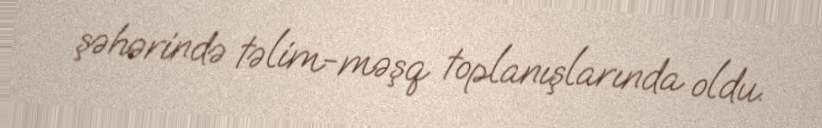
şəhərində təlim-məşq toplanışlarında oldu.